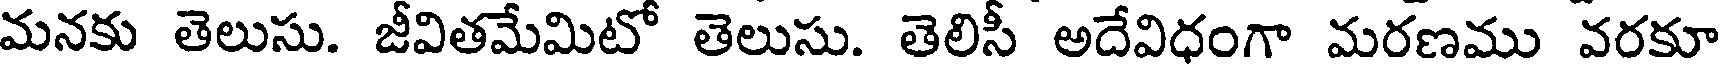
మనకు తెలుసు. జీవితమేమిటో తెలుసు. తెలిసీ అదేవిధంగా మరణము వరకూ